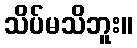
သိပ်မသိဘူး။